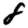
Digit: 8